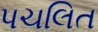
પચલિત